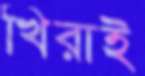
খিরাই